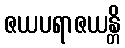
ဇယပရာဇယန္တိ